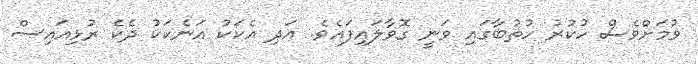
ވުމަށްވެސް ހުކުރު ހުތުބާގައި ވަނީ ގޮވާލައިފައެވެ. އަދި އެކަކު އަނެކަކު ދެކެ ރުޅިއައިސް